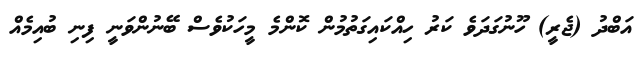
އަބްދު (ޖެރީ) ހޫނުގަދަވެ ކަރު ހިއްކައިގަތުމުން ކޮންމެ މީހަކުވެސް ބޭނުންވަނީ ފިނި ބުއިމެއް